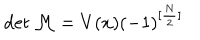
LaTeX: \det { \cal M } = V ( x ) ( - 1 ) ^ { [ \frac N 2 ] }